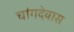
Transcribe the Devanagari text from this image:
चांगदेवास